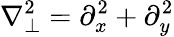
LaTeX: \nabla_{\perp}^{2}=\partial_{x}^{2}+\partial_{y}^{2}